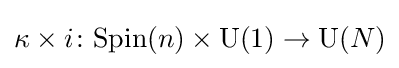
\kappa \times i\colon {\mathrm {Spin} }(n)\times {\mathrm {U} }(1)\to {\mathrm {U} }(N)